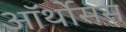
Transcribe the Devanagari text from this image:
ऑर्थोसस